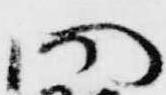
問